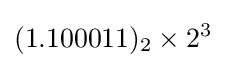
(1.100011)_{2}\times 2^{3}